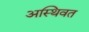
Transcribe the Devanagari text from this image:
अस्थिवत